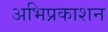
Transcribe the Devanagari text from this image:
अभिप्रकाशन